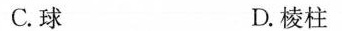
C.球 D.棱柱